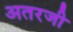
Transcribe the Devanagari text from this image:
अतरजी